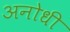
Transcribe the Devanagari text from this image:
अनोधी